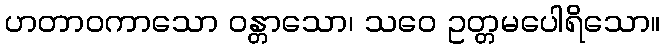
ဟတာဝကာသော ဝန္တာသော၊ သဝေ ဥတ္တမပေါရိသော။